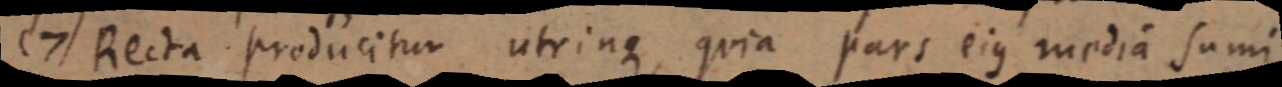
(7) Recta producitur utrinque, quia pars eius media sumi